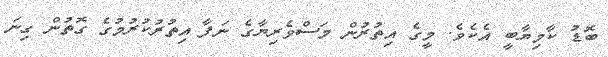
ބޮޑު ކާމިޔާބީ އެކެވެ. މީގެ އިތުރުން މަސްވެރިޔާގެ ނަފާ އިތުރުުކުރުމުގެ ގޮތުން ގިނަ